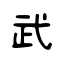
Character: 武